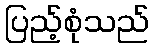
ပြည့်စုံသည်